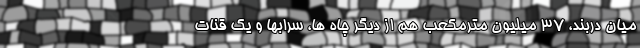
میان دربند، ۳۷ میلیون مترمکعب هم از دیگر چاه ها، سرابها و یک قنات